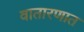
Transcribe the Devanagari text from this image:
वातारणात